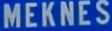
MEKNES